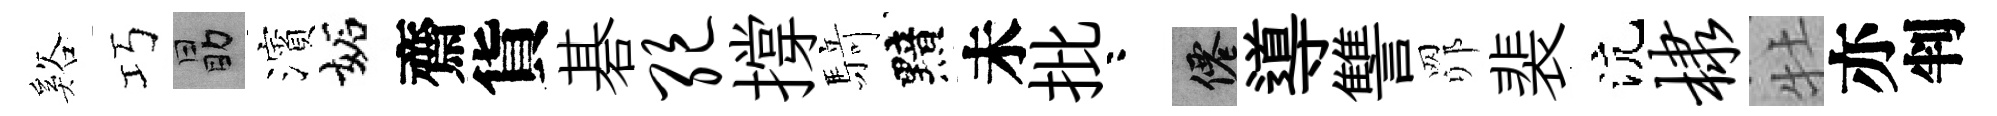
谿巧勗濱妬齋貨碁绝撐𮪍黯未批咯仙導讐𦊑裴沆棣牡亦判